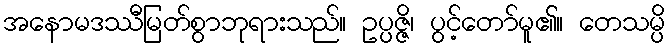
အနောမဒဿီမြတ်စွာဘုရားသည်။ ဥပ္ပဇ္ဇိ၊ ပွင့်တော်မူ၏။ တေသမ္ပိ